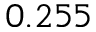
0 . 2 5 5